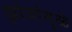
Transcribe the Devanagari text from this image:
झांजांमुळे